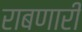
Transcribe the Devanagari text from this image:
राबणारी